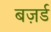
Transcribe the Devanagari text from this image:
बज़र्ड